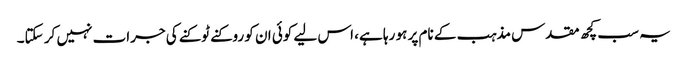
یہ سب کچھ مقدس مذہب کے نام پر ہو رہا ہے، اس لیے کوئی ان کو روکنے ٹوکنے کی جرات نہیں کر سکتا۔